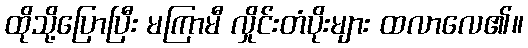
ထိုသို့ပြောပြီး မကြာမီ လှိုင်းတံပိုးများ ထလာလေ၏။